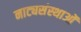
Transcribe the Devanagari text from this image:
नाट्यसंस्थाओं